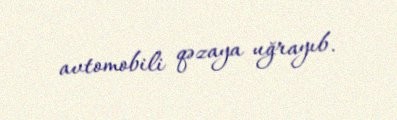
avtomobili qəzaya uğrayıb.